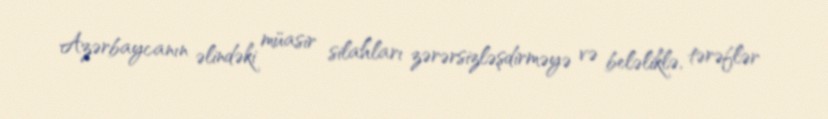
Azərbaycanın əlindəki müasir silahları zərərsizləşdirməyə və beləliklə, tərəflər